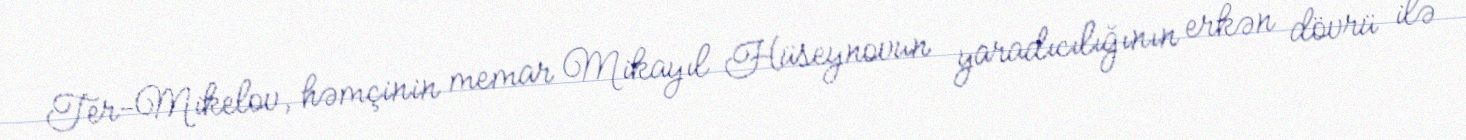
Ter-Mikelov, həmçinin memar Mikayıl Hüseynovun yaradıcılığının erkən dövrü ilə